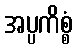
အပ္ပကိစ္စံ